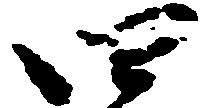
四